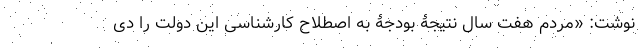
نوشت: «مردم هفت سال نتیجۀ بودجۀ به اصطلاح کارشناسی این دولت را دی